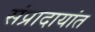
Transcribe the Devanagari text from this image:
संप्रादायांत